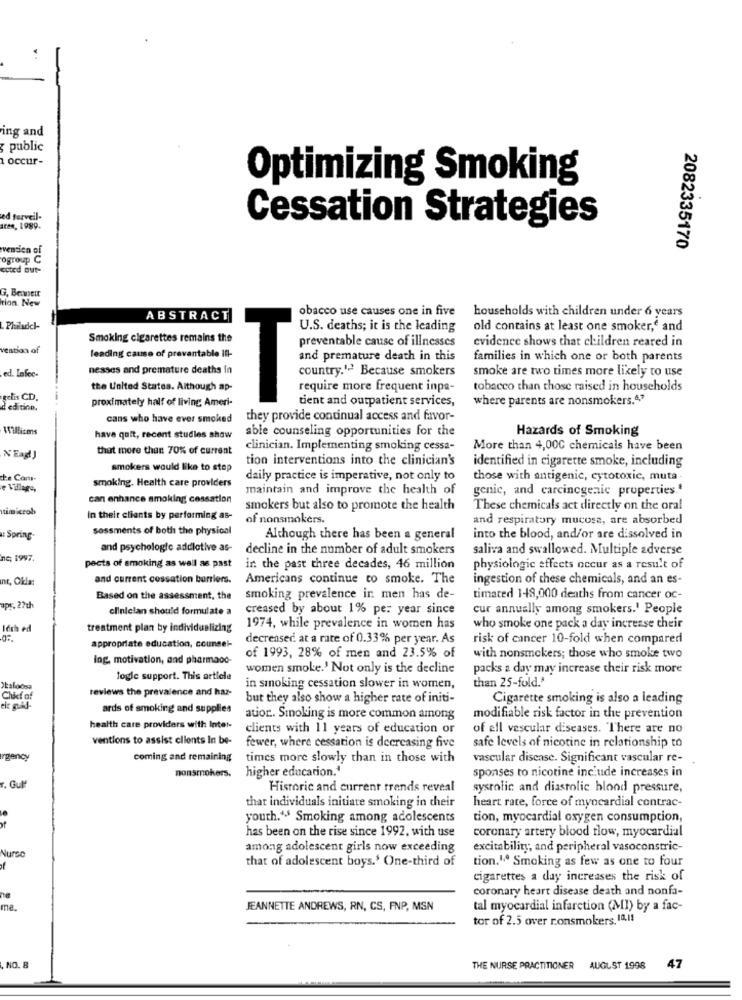
ing and
public
1 occur-
Optimizing Smoking
ed farveil-
Cessation Strategies
aren, 1989.
vention of
2082335170
ogroup C
coted que-
G. Beiweit
tion New
obacco use causes one in five households with children under 6 years
ABSTRACT
.Philadel-
U.S. deaths; it is the leading
old contains at least one smoker,e and
Smoking cigarettes remains the
preventable cause of illnesses
evidence shows that children reared in
vention of
leading cause of prevantable il-
and premature death in this
families in which one or both parents
ed. Infec-
nesses and premature deaths in
country.12 Because smokers
smoke are two times more likely to use
the United States. Although ap-
require more frequent inpa-
tobacco than those raised in households
gelis CD.
proximately half of living Ameri-
T
tient and outpatient services,
where parents are nonsmokers.4,"
deditino.
cans who have ever smoked
they provide continual access and favor-
Willicms
able counseling opportunities for the
Hazards of Smoking
have quit, recent studies show
that more than 70% of current
clinician. Implementing smoking cessa-
More than 4,000 chemicals have been
NEagJ
tion interventions into the clinician's
identified in cigarette smoke, including
smokers would like to stop
de Com-
smoking. Health care providers
daily practice is imperative, not only to
those with antigenic, cytotoxic, muta -
e Village,
maintain and improve the health of
genic, and carcinogenic properties.'
can enhance smoking cessation
utimicrob
smokers but also to promote the health
These chemicals act directly on the oral
In their clients by performing as-
of nonsmokers.
and respiratory mucosa, are absorbed
sossments of both the physical
Spring
Although there has been a general
into the blood, and/or are dissolved in
and psychologic addlotive as-
decline in the number of adult smokers
saliva and swallowed. Multiple adverse
ne; 1997.
pects of smoking as well as past
in the past three decades, 46 million
physiologic effects occur as a result of
nt, Okla:
and current cessation barriers.
Americans continue to smoke. The
ingestion of these chemicals, and an es-
Based on the assessment, the
smoking prevalence in men has de-
timated 148,000 deaths from cancer oc-
apr. 27th
clinician should formulate a
creased by about 1% per year since
cur annually among smokers.' People
Ich ed
treatment plan by individuelizing
1974, while prevalence in women has
who smoke one pack a day increase their
decreased at a rate of 0.33% per year. As
risk of cancer 10-fold when compared
appropriate education, counsel-
Ing, motivation, and pharmaod-
of 1993, 28% of men and 23.5% of
with nonsmokers; those who smoke two
women smoke.' Not only is the decline
packs a day may increase their risk more
fogle support. This article
than 25-fold.'
Okaloosa
reviews the prevalence and haz-
in smoking cessation slower in women,
Chief of
but they also show a higher rate of initi-
Cigarette smoking is also a leading
ards of smoking and supplies
atior .. Smoking is more common among
modifiable risk factor in the prevention
health care providers with Inter-
clients with 11 years of education or
of all vascular diseases. There are no
ventions to assist clients In be-
fewer, where cessation is decreasing five
safe levels of nicotine in relationship to
urgency
coming and remaining
times more slowly than in those with
vascular disease. Significant vascular re-
nonsmokers.
higher education.'
sponses to nicotine inciude increases in
r. Gulf
Historic and current trends reveal
systolic and diastolic blood pressure,
heart rate, force of myocardial contrac-
that individuals initiate smoking in their
youth.'s Smoking among adolescents
tion, myocardial oxygen consumption,
has been on the rise since 1992, with use
coronary artery blood flow, myocardial
Nurse
among adolescent girls now exceeding
excitability, and peripheral vasoconstric-
that of adolescent boys.' One-third of
tion.1º Smoking as few as one to four
-
cigarettes a day increases the risk of
coronary heart disease death and nonfa-
ne
me.
JEANNETTE ANDREWS, RN, CS, FNP, MSN
tal myocardial infarction (MI) by a fac-
tor of 2.5 over ronsmokers, 18.11
NO. 8
THE NURSE PRACTITIONER
AUGUST 1998
47